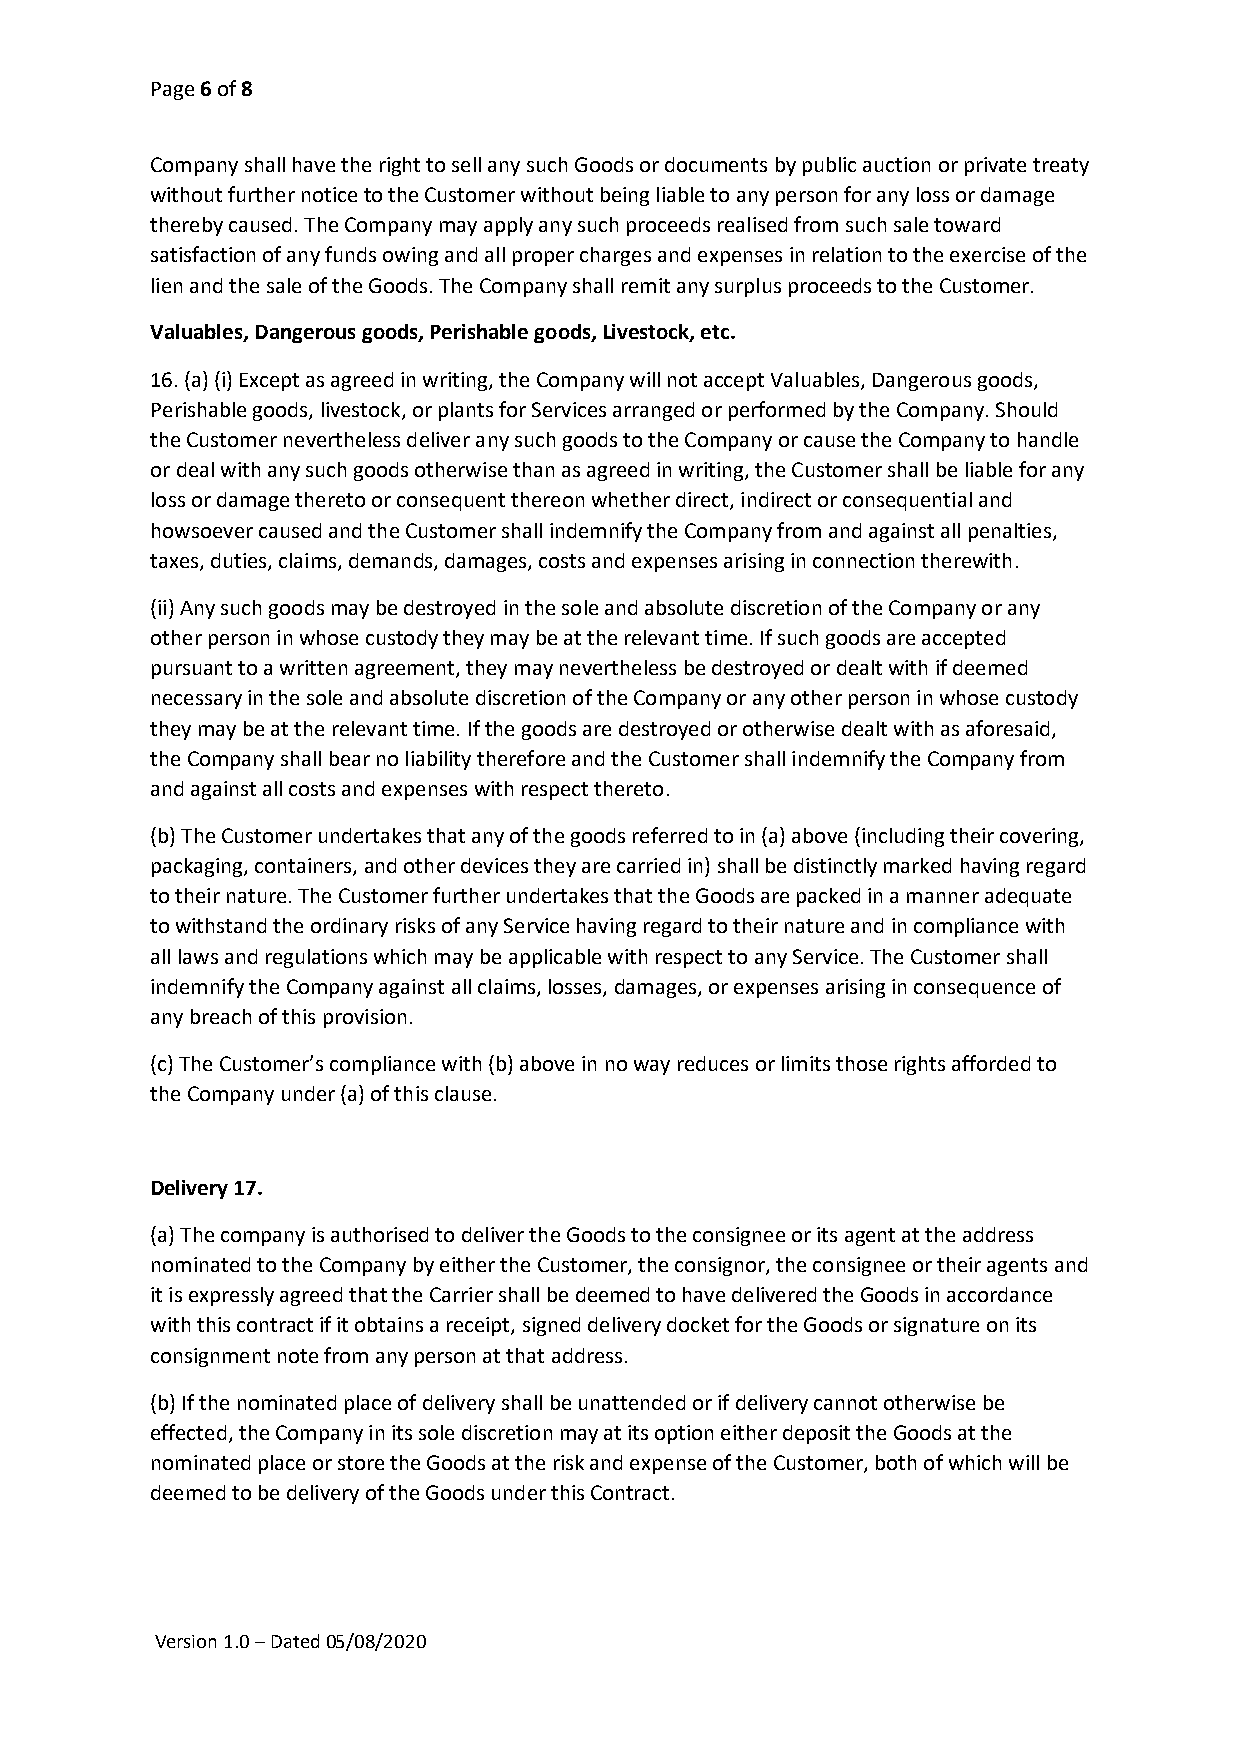
Page 6 of 8
 Company shall have the right to sell any such Goods or documents by public auction or private treaty
 without further notice to the Customer without being liable to any person for any loss or damage
 thereby caused. The Company may apply any such proceeds realised from such sale toward
 satisfaction of any funds owing and all proper charges and expenses in relation to the exercise of the
 lien and the sale of the Goods. The Company shall remit any surplus proceeds to the Customer.
 Valuables, Dangerous goods, Perishable goods, Livestock, etc.
 16. (a) (i) Except as agreed in writing, the Company will not accept Valuables, Dangerous goods,
 Perishable goods, livestock, or plants for Services arranged or performed by the Company. Should
 the Customer nevertheless deliver any such goods to the Company or cause the Company to handle
 or deal with any such goods otherwise than as agreed in writing, the Customer shall be liable for any
 loss or damage thereto or consequent thereon whether direct, indirect or consequential and
 howsoever caused and the Customer shall indemnify the Company from and against all penalties,
 taxes, duties, claims, demands, damages, costs and expenses arising in connection therewith.
 (ii) Any such goods may be destroyed in the sole and absolute discretion of the Company or any
 other person in whose custody they may be at the relevant time. If such goods are accepted
 pursuant to a written agreement, they may nevertheless be destroyed or dealt with if deemed
 necessary in the sole and absolute discretion of the Company or any other person in whose custody
 they may be at the relevant time. If the goods are destroyed or otherwise dealt with as aforesaid,
 the Company shall bear no liability therefore and the Customer shall indemnify the Company from
 and against all costs and expenses with respect thereto.
 (b) The Customer undertakes that any of the goods referred to in (a) above (including their covering,
 packaging, containers, and other devices they are carried in) shall be distinctly marked having regard
 to their nature. The Customer further undertakes that the Goods are packed in a manner adequate
 to withstand the ordinary risks of any Service having regard to their nature and in compliance with
 all laws and regulations which may be applicable with respect to any Service. The Customer shall
 indemnify the Company against all claims, losses, damages, or expenses arising in consequence of
 any breach of this provision.
 (c) The Customer’s compliance with (b) above in no way reduces or limits those rights afforded to
 the Company under (a) of this clause.
 Delivery 17.
 (a) The company is authorised to deliver the Goods to the consignee or its agent at the address
 nominated to the Company by either the Customer, the consignor, the consignee or their agents and
 it is expressly agreed that the Carrier shall be deemed to have delivered the Goods in accordance
 with this contract if it obtains a receipt, signed delivery docket for the Goods or signature on its
 consignment note from any person at that address.
 (b) If the nominated place of delivery shall be unattended or if delivery cannot otherwise be
 effected, the Company in its sole discretion may at its option either deposit the Goods at the
 nominated place or store the Goods at the risk and expense of the Customer, both of which will be
 deemed to be delivery of the Goods under this Contract.
 Version 1.0 – Dated 05/08/2020